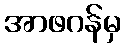
အာဖဂန်မှ